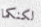
لكنكما